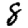
Digit: 8